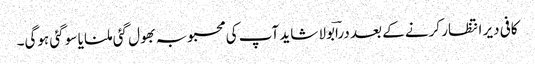
کافی دیر انتظار کرنے کے بعد دراؔبولا شاید آپ کی محبوبہ بھول گئی ملنا یا سو گئی ہوگی۔